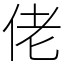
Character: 佬